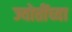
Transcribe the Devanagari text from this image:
ज्योतींच्या